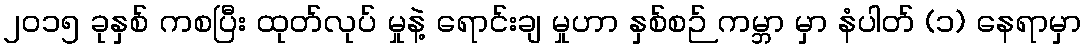
၂၀၁၅ ခုနှစ် ကစပြီး ထုတ်လုပ် မှုနဲ့ ရောင်းချ မှုဟာ နှစ်စဉ် ကမ္ဘာ မှာ နံပါတ် (၁) နေရာမှာ